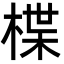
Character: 楪